Reports on dispensaries and lunatic asylums in the Province of Oudh - 1869-1876
Year: 1869
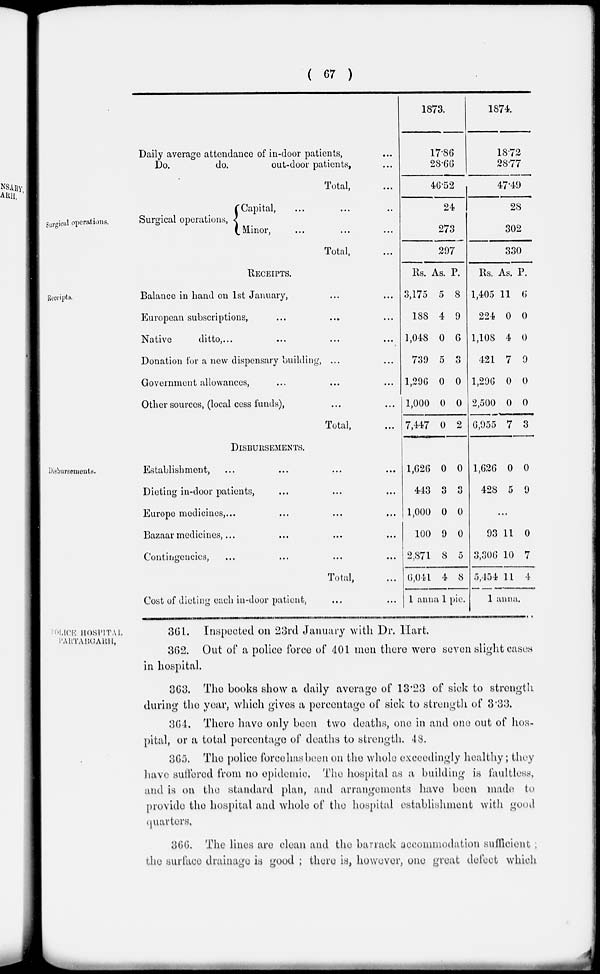
( 67 )
Daily average attendance of in-door patients, ...
Do.
do.
out-door patients, ...
Total, ...
1873.
17.86
28.66
46.52
1874.
18.72
28.77
47.49
Surgical operations.
Surgical operations,
Capital, ... ... ..
Minor, ... ... ...
Total, ..
24
273
297
28
302
330
Receipts.
RECEIPTS.
Balance in hand on 1st January, ... ...
European subscriptions, ... ... ...
Native
ditto,... ... ... ...
Donation for a new dispensary building, ... ...
Government allowances, ... ... ...
Other sources, (local cess funds), ... ...
Total, ...
Rs.
3,175
188
1,048
739
1,296
1,000
7,447
As.
5
4
0
5
0
0
0
P.
8
9
6
3
0
0
2
Rs.
1,405
224
1,108
421
1,296
2,500
6,955
As.
11
0
4
7
0
0
7
P.
6
0
0
9
0
0
3
Disbursements.
DISBURSEMENTS.
Establishment, ... ... ...
Dieting in-door patients, ... ... ...
Europe medicines,... ... ... ...
Bazaar medicines,... ... ... ...
Contingencies, ... ... ... ...
Total, ...
Cost of dieting each in-door patient,
1,626
443
1,000
100
2,871
6,041
0
3
0
9
8
4
0
3
0
0
5
8
1 anna 1 pie.
1,626
428
0
5
0
9
...
93
3,306
5,454
11
10
11
0
7
4
1 anna.
POLICE HOSPITAL
PRATABGARH,
361. Inspected on 23rd January with Dr. Hart.
362. Out of a police force of 401 men there were seven slight cases
in hospital.
363. The books show a daily average of 13.23 of sick to strength
during the year, which gives a percentage of sick to strength of 3.33.
364. There have only been two deaths, one in and one out of hos-
pital, or a total percentage of deaths to strength. 48.
365. The police force has been on the whole exceedingly healthy; they
have suffered from no epidemic. The hospital as a building is faultless,
and is on the standard plan, and arrangements have been made to
provide the hospital and whole of the hospital establishment with good
quarters.
366. The lines are clean and the barrack accommodation sufficient
the surface drainage is good ; there is, however, one great defect which